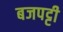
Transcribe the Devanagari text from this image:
बजपट्टी